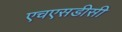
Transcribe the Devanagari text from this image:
एचएसडीसी